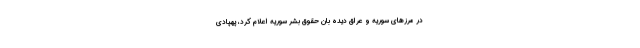
در مرزهای سوریه و عراق دیده بان حقوق بشر سوریه اعلام کرد، پهپادی